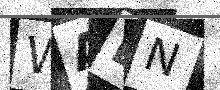
Text: WALN